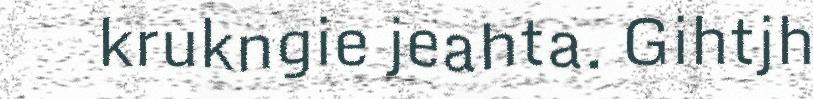
krukngie jeahta. Gihtjh